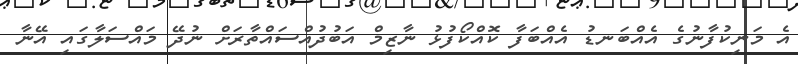
އެ މަނިކުފާނުގެ އެއްބަނޑު އެއްބަފާ ކޮއްކޯފުޅު ނާޒިމް އަބުދުއްސައްތާރަށް ނުދޭ މައްސަލާގައި އޭނާ